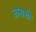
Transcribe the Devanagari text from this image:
तानाशी